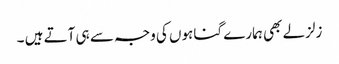
زلزلے بھی ہمارے گناہوں کی وجہ سے ہی آتے ہیں ۔